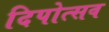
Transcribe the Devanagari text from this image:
दिपोत्सव